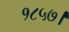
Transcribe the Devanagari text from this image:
१८५७।